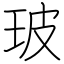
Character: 玻